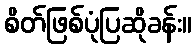
စိတ်ဖြစ်ပုံပြဆိုခန်း။